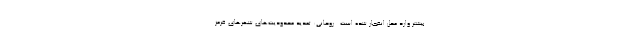
بیشتر وارد محل انفجار شده است . روحانی: تمدید محدودیت‌های شهرهای قرمز